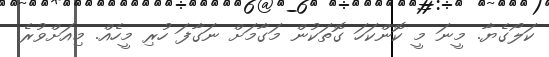
ކަލޯގެޔާ. މީނަ މީ ކޮންކަހަ ގޮތަކުން މަގާމަށް ނަގާފަ ހުރި މީހެއް. މިއަށްވުރެ